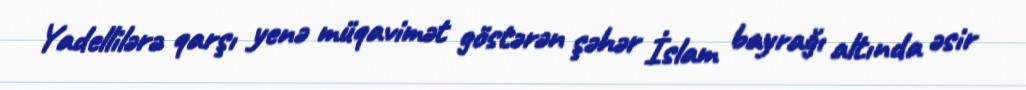
Yadellilərə qarşı yenə müqavimət göstərən şəhər İslam bayrağı altında əsir